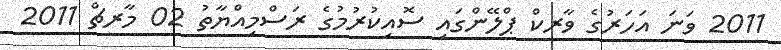
2011 ވަނަ އަހަރުގެ ވާރކް ޕްލޭންގައި ސޮއިކުރުމުގެ ރަސްމިއްޔާތު 02 މާރޗް 2011